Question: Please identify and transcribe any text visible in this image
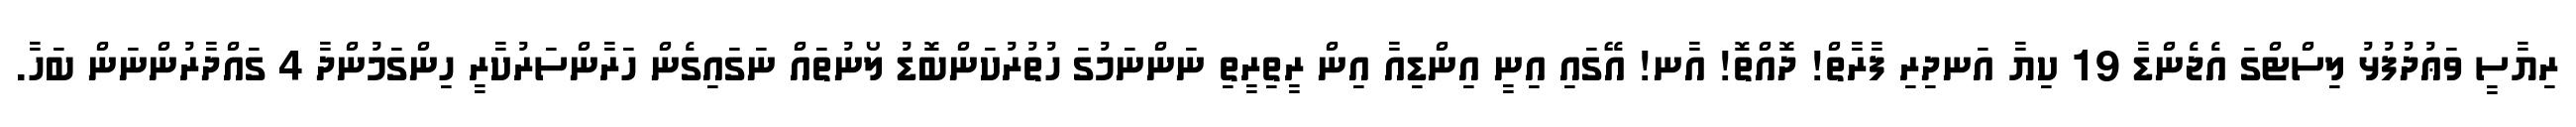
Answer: ރިޔާސީ ވަޢުދުފުޅު ލިސްޓްގަ އެޖެންޑާ 19 ކިޔާ އަނދިރި ފާރާތް! ދޮއްތޮ! އާނ! އޭގައި އިނީ އިންޑިއާ އިން ރީތިރީތި ނަންނަމުގަ ހުތުރުކަންބޮޑު ލޯނުތައް ނަގައިގެން ހަރާންސަރުކާރީ ހިންގަމުންދާ 4 ގައްދާރުންނަން ބަހާ.